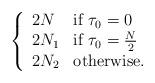
LaTeX: \begin{align*}\left\{\begin{array}{ll}2 N & \mbox{if~} \tau_0 = 0 \\2 N_1 & \mbox{if~} \tau_0 = \frac{N}{2} \\2 N_2 & \mbox{otherwise}.\end{array}\right.\end{align*}